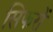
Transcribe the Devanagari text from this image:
सिफरों